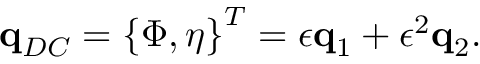
\mathbf { q } _ { D C } = \left\{ \Phi , \eta \right\} ^ { T } = \epsilon \mathbf { q } _ { 1 } + \epsilon ^ { 2 } \mathbf { q } _ { 2 } .